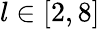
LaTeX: l\in[2,8]